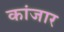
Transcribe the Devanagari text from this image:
कांजार